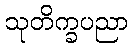
သုတိက္ခပညာ